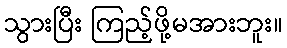
သွားပြီး ကြည့်ဖို့မအားဘူး။